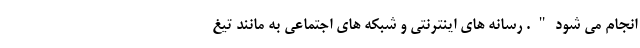
انجام می شود". رسانه های اینترنتی و شبکه های اجتماعی به مانند تیغ